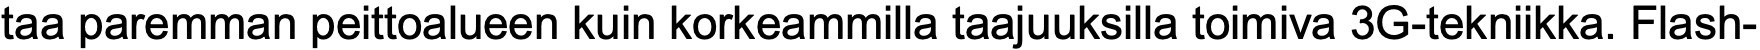
taa paremman peittoalueen kuin korkeammilla taajuuksilla toimiva 3G-tekniikka. Flash-